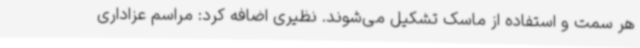
هر سمت و استفاده از ماسک تشکیل می‌شوند. نظیری اضافه کرد: مراسم عزاداری